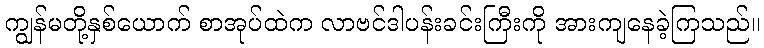
ကျွန်မတို့နှစ်ယောက် စာအုပ်ထဲက လာဗင်ဒါပန်းခင်းကြီးကို အားကျနေခဲ့ကြသည်။